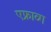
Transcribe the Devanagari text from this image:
एफ्राव्ग